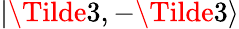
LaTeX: |\Tilde{3},-\Tilde{3}\rangle